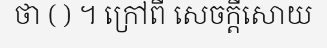
ថា ( ) ។ ក្រៅពី សេចក្តីសោយ